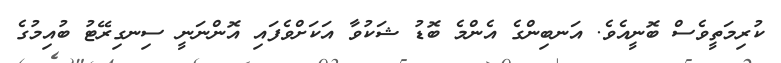
ކުރިމަތީވެސް ބޮނީއެވެ. އަނބިންގެ އެންމެ ބޮޑު ޝަކުވާ އަކަށްވެފައި އޮންނަނީ ސިނގިރޭޓު ބުއިމުގެ